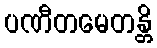
ပဏီတမေတန္တိ